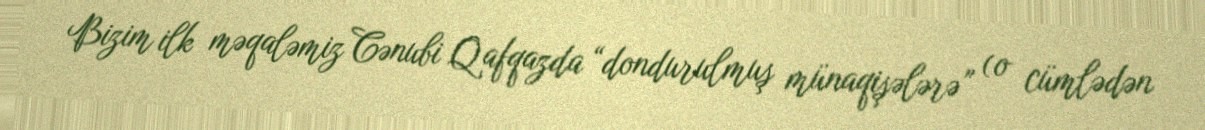
Bizim ilk məqaləmiz Cənubi Qafqazda “dondurulmuş münaqişələrə” (o cümlədən